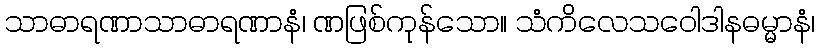
သာဓာရဏာသာဓာရဏာနံ၊ ဏဖြစ်ကုန်သော။ သံကိလေသဝေါဒါနဓမ္မာနံ၊